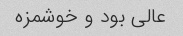
عالی بود و خوشمزه